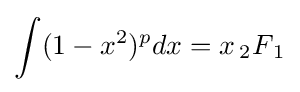
\int (1-x^{2})^{p}dx=x\,{_{2}}F{_{1}}